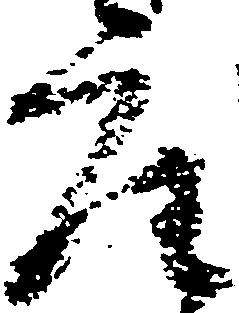
座